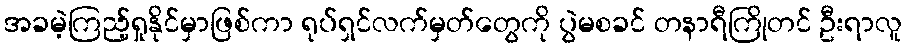
အခမဲ့ကြည့်ရှုနိုင်မှာဖြစ်ကာ ရုပ်ရှင်လက်မှတ်တွေကို ပွဲမစခင် တနာရီကြိုတင် ဦးရာလူ